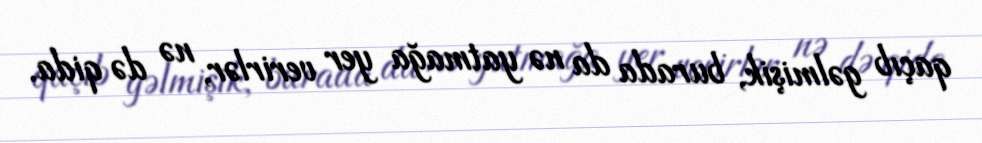
qaçıb gəlmişik, burada da nə yatmağa yer verirlər, nə də qida.